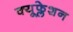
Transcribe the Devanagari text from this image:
क्यूफ्लेशन